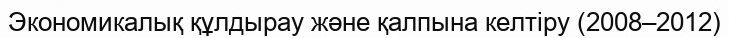
Экономикалық құлдырау және қалпына келтіру (2008–2012)